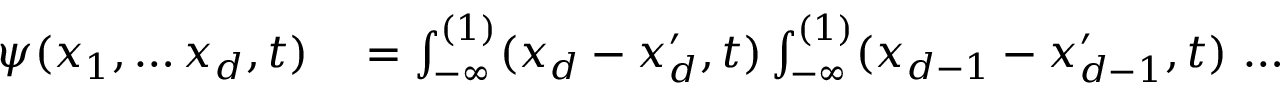
\begin{array} { r l } { \psi ( x _ { 1 } , \dots x _ { d } , t ) } & { { } = \int _ { - \infty } ^ { ( 1 ) } ( x _ { d } - x _ { d } ^ { \prime } , t ) \int _ { - \infty } ^ { ( 1 ) } ( x _ { d - 1 } - x _ { d - 1 } ^ { \prime } , t ) \, \dots } \end{array}